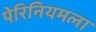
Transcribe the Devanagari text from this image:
पेरिनियमला